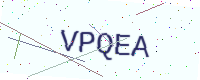
Text: VPQEA